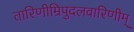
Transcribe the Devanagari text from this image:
तारिणीम्रिपुदलवारिणीम्